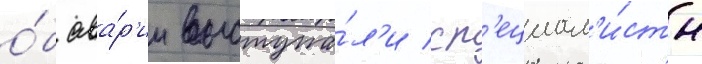
о́б ава́р'ии выступа́л'и сп'ециал'и́сты